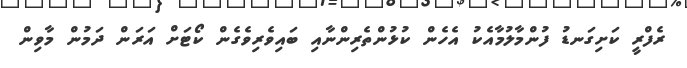
ރެފްރީ ކަށިގަނޑު ފުންމާލުމާއެކު އެހެން ކުޅުންތެރިންނާއި ބައިވެރިވެގެން ކޯޓަށް އަރަން ދަމުން މާވިން